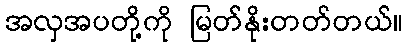
အလှအပတို့ကို မြတ်နိုးတတ်တယ်။